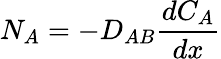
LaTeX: N_{A}=-D_{AB}{\frac{dC_{A}}{dx}}